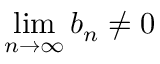
\operatorname* { l i m } _ { n \to \infty } b _ { n } \neq 0